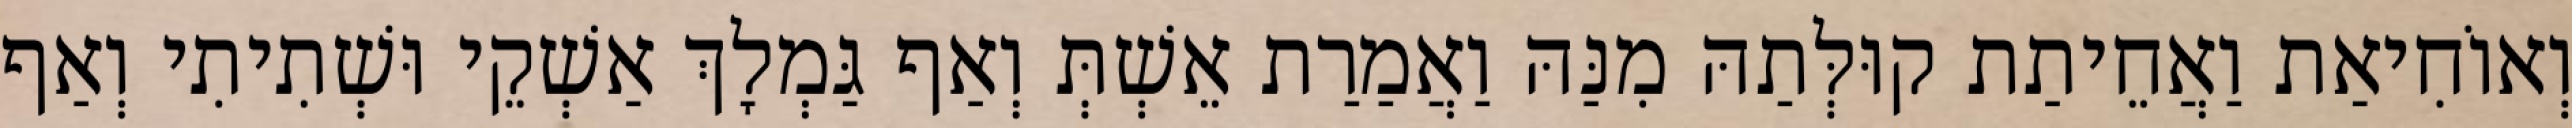
וְאוֹחִיאַת וַאֲחֵיתַת קוּלְּתַהּ מִנַּהּ וַאֲמַרַת אֵשְׁתְּ וְאַף גַּמְלָךְ אַשְׁקֵי וּשְׁתִיתִי וְאַף